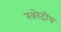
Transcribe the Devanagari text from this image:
खरेदीच